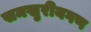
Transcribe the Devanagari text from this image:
समखुरीयगण